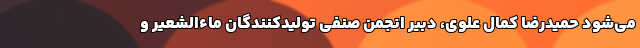
می‌شود حمیدرضا کمال علوی، دبیر انجمن صنفی تولیدکنندگان ماءالشعیر و